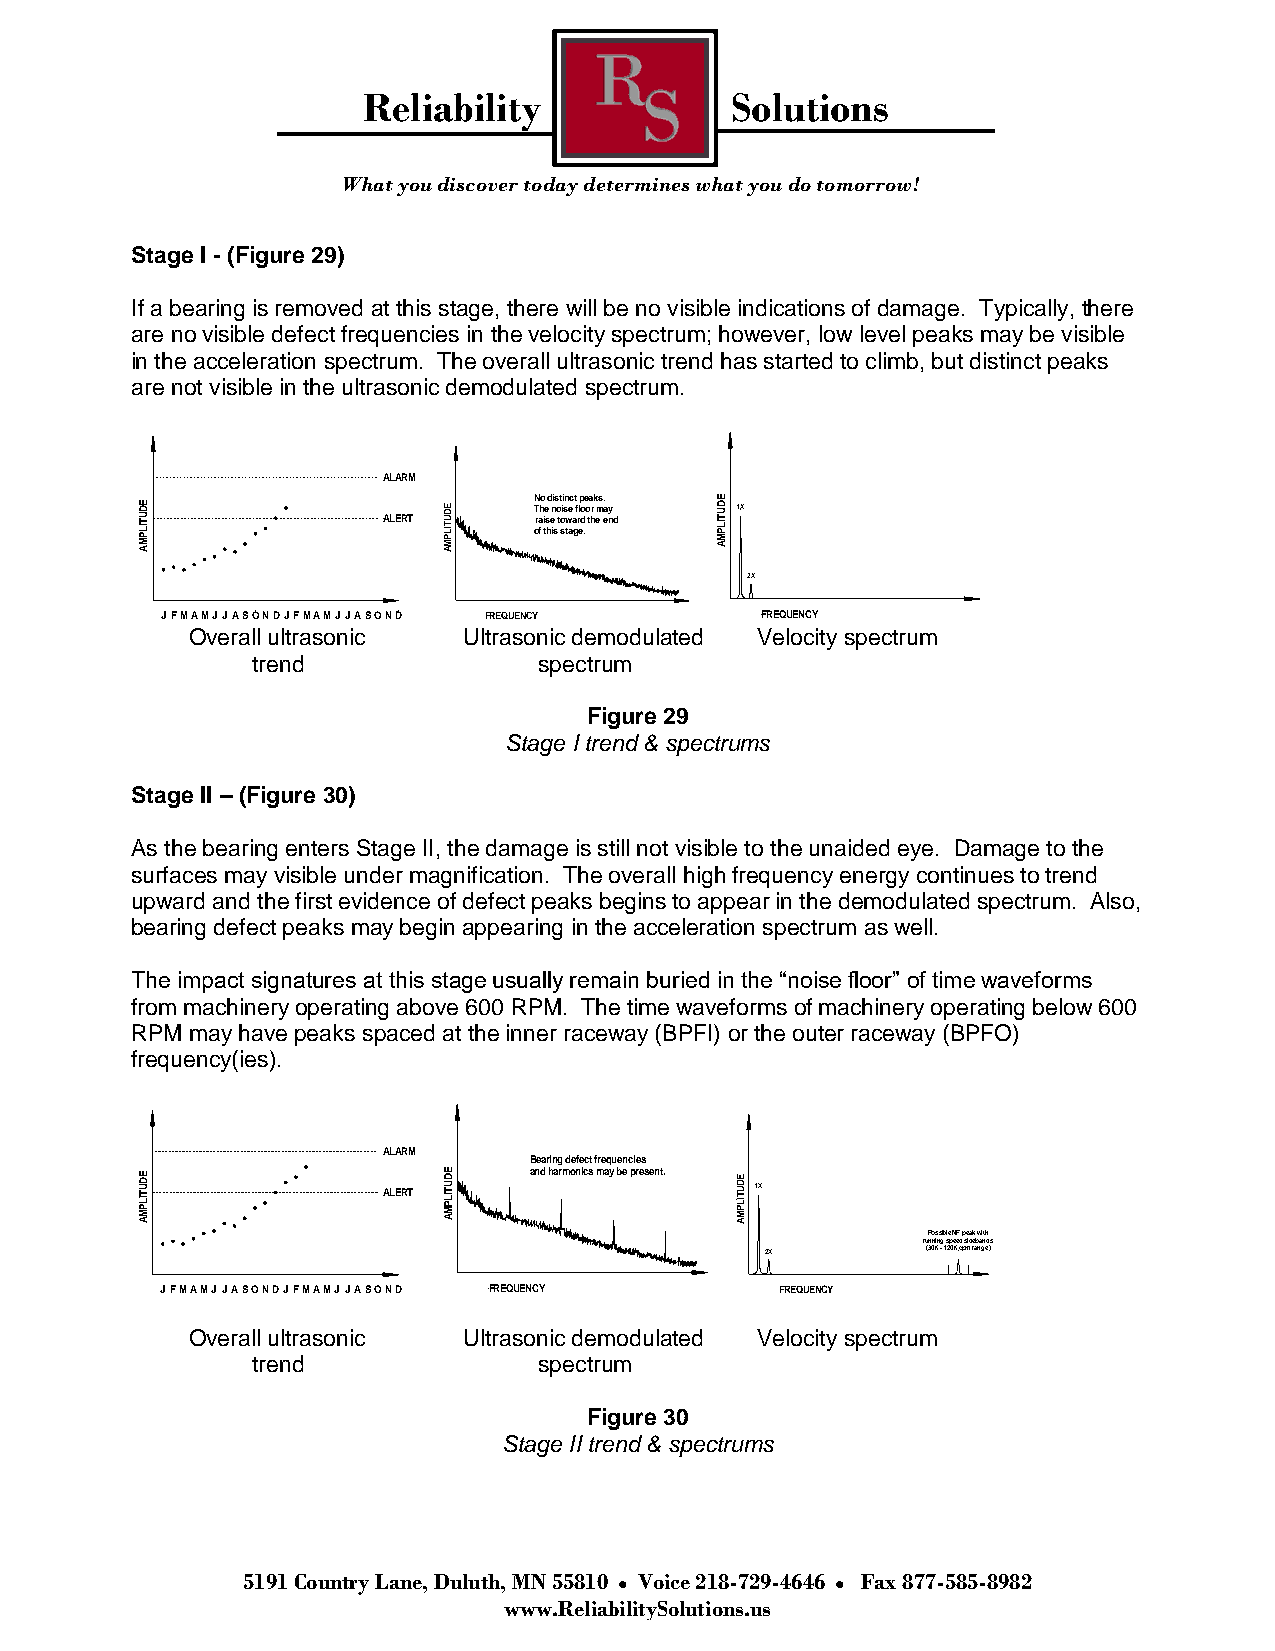
Reliability             Solutions
 What you discover today determines what you do tomorrow!
 Stage I - (Figure 29)
 If a bearing is removed at this stage, there will be no visible indications of damage. Typically, there
 are no visible defect frequencies in the velocity spectrum; however, low level peaks may be visible
 in the acceleration spectrum. The overall ultrasonic trend has started to climb, but distinct peaks
 are not visible in the ultrasonic demodulated spectrum.
 ALARM
 AMPLITUDE
 ALERT
 AMPLITUDE N T orh fao tie
 s
 hd en ii ss o
 t
 t
 o
 sii sn
 w
 te ac
 a
 gt f rl ep o
 d
 .e o ta hrk ems e. a ny
 d
 AMPLITUDE 1X
 2X
 JFMAMJJASONDJFMAMJJASOND FREQUENCY     FREQUENCY
 Overall ultrasonic Ultrasonic demodulated Velocity spectrum
 trend              spectrum
 Figure 29
 Stage I trend & spectrums
 Stage II – (Figure 30)
 As the bearing enters Stage II, the damage is still not visible to the unaided eye. Damage to the
 surfaces may visible under magnification. The overall high frequency energy continues to trend
 upward and the first evidence of defect peaks begins to appear in the demodulated spectrum. Also,
 bearing defect peaks may begin appearing in the acceleration spectrum as well.
 The impact signatures at this stage usually remain buried in the “noise floor” of time waveforms
 from machinery operating above 600 RPM. The time waveforms of machinery operating below 600
 RPM may have peaks spaced at the inner raceway (BPFI) or the outer raceway (BPFO)
 frequency(ies).
 ALARM
 Bearing defect frequencies
 AMPLITUDE
 ALERT
 AMPLITUDE and harmonics may be present. AMPLITUDE
 1X
 Possible NF peak with
 running speed sidebands
 2X        (30K - 120K cpm range)
 JFMAMJJASONDJFMAMJJASOND FREQUENCY       FREQUENCY
 Overall ultrasonic Ultrasonic demodulated Velocity spectrum
 trend              spectrum
 Figure 30
 Stage II trend & spectrums
 5191 Country Lane, Duluth, MN 55810 Voice 218-729-4646 Fax 877-585-8982
 www.ReliabilitySolutions.us